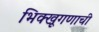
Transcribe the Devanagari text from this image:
भिक्खूगणाची